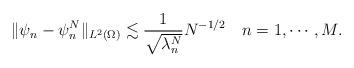
LaTeX: \begin{align*}\|\psi_n-\psi_n^N\|_{L^2(\Omega)}\lesssim \frac{1}{\sqrt{\lambda_n^{N}}} N^{-1/2}\quad n=1,\cdots, M.\end{align*}